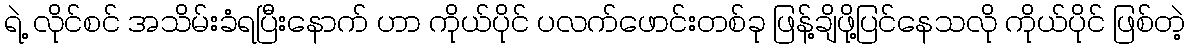
ရဲ့ လိုင်စင် အသိမ်းခံရပြီးနောက် ဟာ ကိုယ်ပိုင် ပလက်ဖောင်းတစ်ခု ဖြန့်ချိဖို့ပြင်နေသလို ကိုယ်ပိုင် ဖြစ်တဲ့